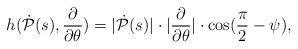
LaTeX: \begin{align*}h(\dot{\mathcal P}(s),\frac{\partial}{\partial \theta})=|\dot{\mathcal P}(s)|\cdot |\frac{\partial}{\partial \theta}|\cdot \cos(\frac{\pi}{2}-\psi),\end{align*}